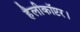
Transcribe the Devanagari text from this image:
हैलीकॉप्टर।